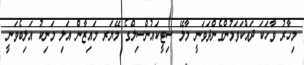
މިހާރު ވާހަކަ ދައްކަވަމުންގެންދަވަނީ މާލޭ ސިޓީކައުންސިލްގެ މޭޔަރ މައިޒާން އަލި މަނިކު އަލިބެވަނީ